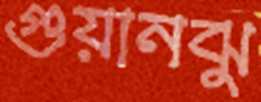
গুয়ানঝু